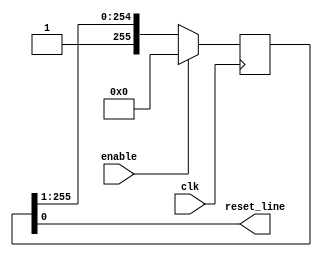
/*
  iCEBreaker Glitcher (resetter.v)
 
  by Matthias Deeg (@matthiasdeeg, matthias.deeg@syss.de)

  Simple voltage glitcher for an iCEBreaker FPGA

  This glitcher is based on and inspired by glitcher implementations
  by Dmitry Nedospasov (@nedos) from Toothless Consulting and
  Grazfather (@Grazfather)

  References:
    https://www.crowdsupply.com/1bitsquared/icebreaker-fpga
    https://github.com/toothlessco/arty-glitcher
    https://toothless.co/blog/bootloader-bypass-part1/
    https://toothless.co/blog/bootloader-bypass-part2/
    https://toothless.co/blog/bootloader-bypass-part3/
    https://github.com/Grazfather/glitcher
    http://grazfather.github.io/re/pwn/electronics/fpga/2019/12/08/Glitcher.html

  Copyright (C) 2020, Matthias Deeg, SySS GmbH

  Redistribution and use in source and binary forms, with or without
  modification, are permitted provided that the following conditions are met:

  1. Redistributions of source code must retain the above copyright notice,
     this list of conditions and the following disclaimer.

  2. Redistributions in binary form must reproduce the above copyright notice,
     this list of conditions and the following disclaimer in the documentation
     and/or other materials provided with the distribution.

  3. Neither the name of the copyright holder nor the names of its contributors
     may be used to endorse or promote products derived from this software
     without specific prior written permission.

  THIS SOFTWARE IS PROVIDED BY THE COPYRIGHT HOLDERS AND CONTRIBUTORS "AS IS"
  AND ANY EXPRESS OR IMPLIED WARRANTIES, INCLUDING, BUT NOT LIMITED TO, THE
  IMPLIED WARRANTIES OF MERCHANTABILITY AND FITNESS FOR A PARTICULAR PURPOSE
  ARE DISCLAIMED. IN NO EVENT SHALL THE COPYRIGHT HOLDER OR CONTRIBUTORS BE
  LIABLE FOR ANY DIRECT, INDIRECT, INCIDENTAL, SPECIAL, EXEMPLARY, OR
  CONSEQUENTIAL DAMAGES (INCLUDING, BUT NOT LIMITED TO, PROCUREMENT OF
  SUBSTITUTE GOODS OR SERVICES; LOSS OF USE, DATA, OR PROFITS; OR BUSINESS
  INTERRUPTION) HOWEVER CAUSED AND ON ANY THEORY OF LIABILITY, WHETHER IN
  CONTRACT, STRICT LIABILITY, OR TORT (INCLUDING NEGLIGENCE OR OTHERWISE)
  ARISING IN ANY WAY OUT OF THE USE OF THIS SOFTWARE, EVEN IF ADVISED OF THE
  POSSIBILITY OF SUCH DAMAGE.
*/

`timescale 1ns / 1ps

module resetter(
    input wire clk,
    input wire enable,
    output wire reset_line
);
 
    reg [255:0] shift;

    assign reset_line = shift[0];

    always @(posedge clk)
    begin
        // shit a bit
        shift <= {1'b1, shift[255:1]};
        
        if (enable)
        begin
            // reset shift register
            shift <= 256'b0;
        end
    end
        
endmodule